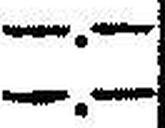
—.—